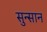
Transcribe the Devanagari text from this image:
सुन्सान